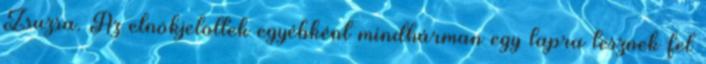
Zsuzsa. Az elnökjelöltek egyébként mindhárman egy lapra tesznek fel